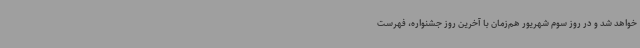
خواهد شد و در روز سوم شهریور هم‌زمان با آخرین روز جشنواره، فهرست